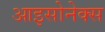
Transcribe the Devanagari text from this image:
आइसोनेक्स